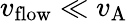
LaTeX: v_{\mathrm{flow}}\ll v_{\mathrm{A}}